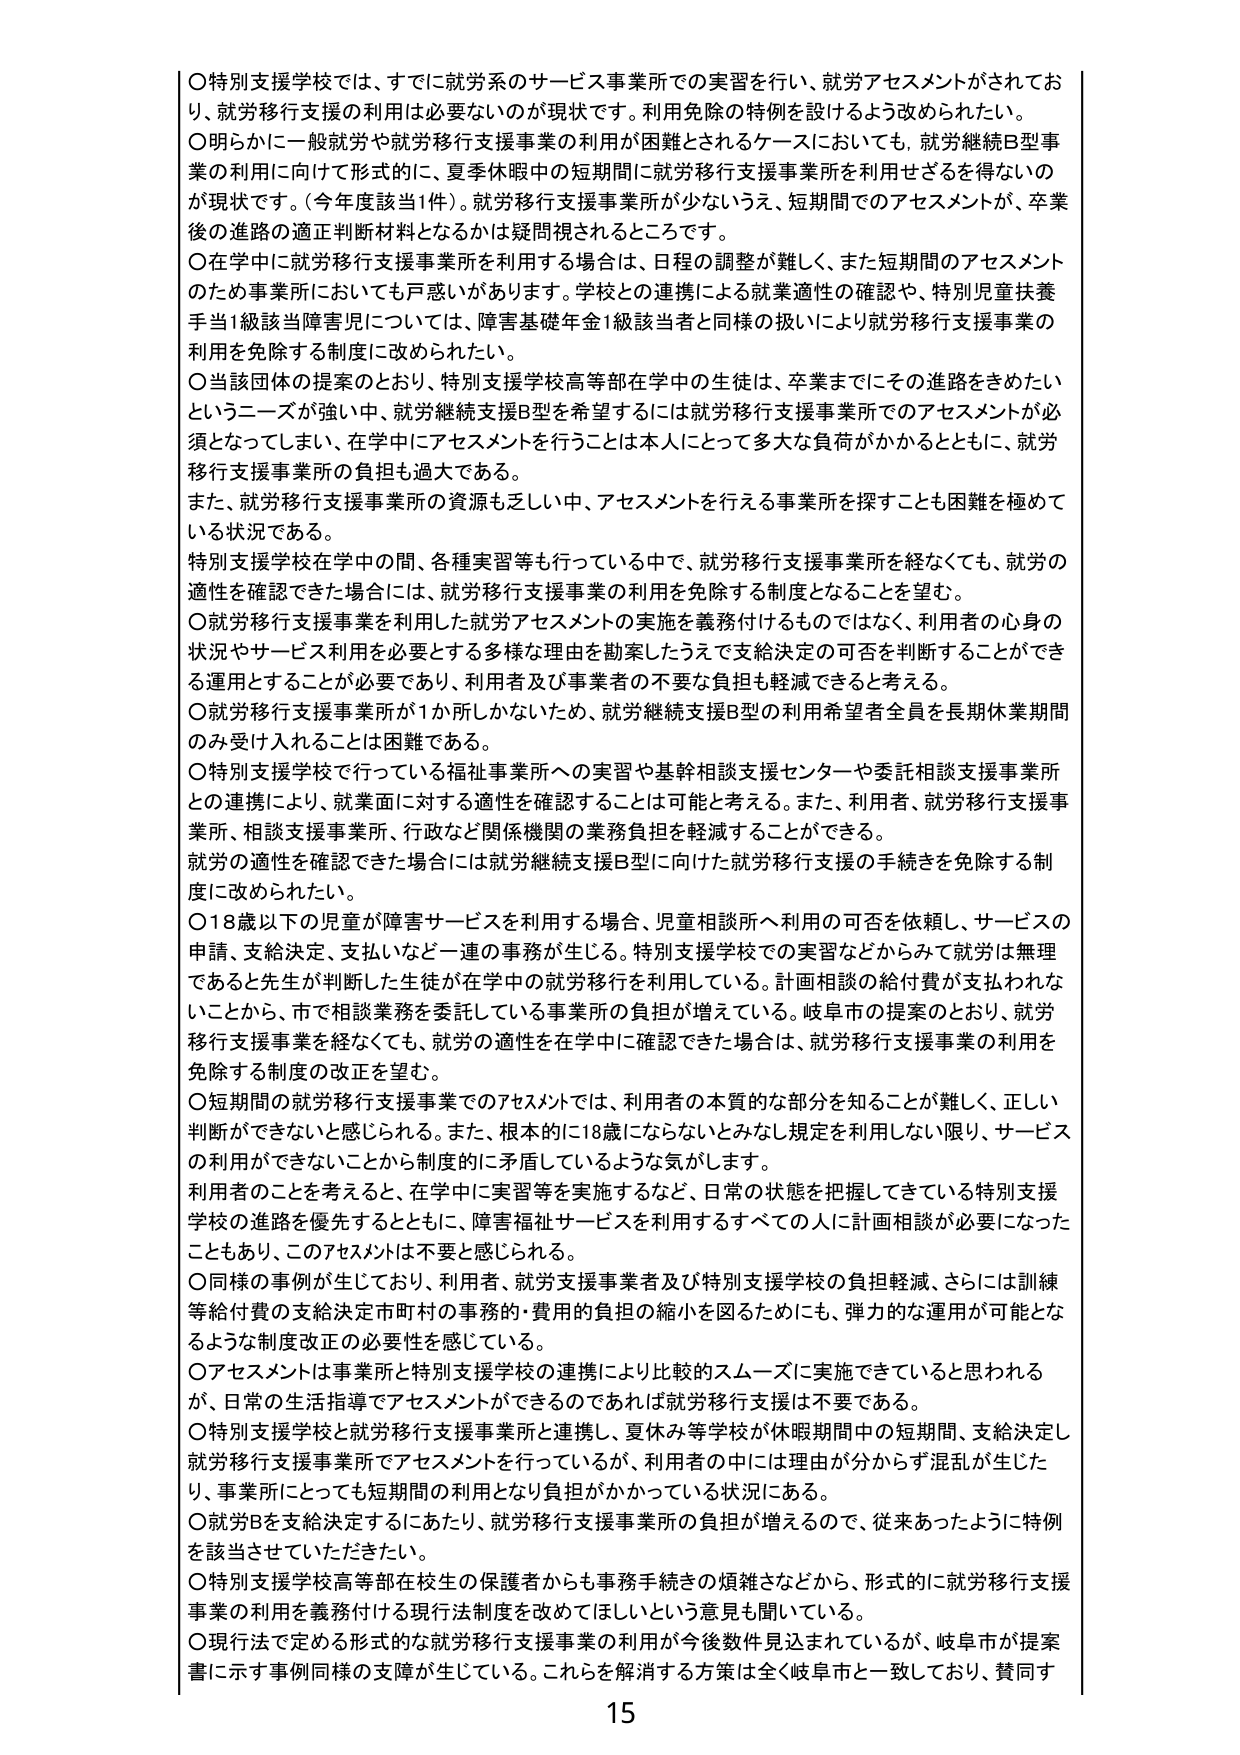
○特別支援学校では、すでに就労系のサービス事業所での実習を行い、就労アセスメントがされており、就労移行支援の利用は必要ないのが現状です。利用免除の特例を設けるよう改められたい。

○明らかに一般就労や就労移行支援事業の利用が困難とされるケースにおいても、就労継続B型事業の利用に向けて形式的に、夏季休暇中の短期間に就労移行支援事業所を利用せざるを得ないのが現状です。（今年度該当1件）。就労移行支援事業所が少ないうえ、短期間でのアセスメントが、卒業後の進路の適正判断材料となるかは疑問視されるところです。

○在学中に就労移行支援事業所を利用する場合は、日程の調整が難しく、また短期間のアセスメントのため事業所においても戸惑いがあります。学校との連携による就業適性の確認や、特別児童扶養手当1級該当障害児については、障害基礎年金1級該当者と同様の扱いにより就労移行支援事業の利用を免除する制度に改められたい。

○当該団体の提案のとおり、特別支援学校高等部在学中の生徒は、卒業までにその進路をきめたいというニーズが強い中、就労継続支援B型を希望するには就労移行支援事業所でのアセスメントが必須となってしまい、在学中にアセスメントを行うことは本人にとって多大な負荷がかかるとともに、就労移行支援事業所の負担も過大である。

また、就労移行支援事業所の資源も乏しい中、アセスメントを行える事業所を探すことも困難を極めている状況である。

特別支援学校在学中の間、各種実習等も行っている中で、就労移行支援事業所を経なくても、就労の適性を確認できた場合には、就労移行支援事業の利用を免除する制度となることを望む。

○就労移行支援事業を利用した就労アセスメントの実施を義務付けるものではなく、利用者の心身の状況やサービス利用を必要とする多様な理由を勘案したうえで支給決定の可否を判断することができる運用とすることが必要であり、利用者及び事業者の不要な負担も軽減できると考える。

○就労移行支援事業所が1か所しかないため、就労継続支援B型の利用希望者全員を長期休業期間のみ受け入れることは困難である。

○特別支援学校で行っている福祉事業所への実習や基幹相談支援センターや委託相談支援事業所との連携により、就業面に対する適性を確認することは可能と考える。また、利用者、就労移行支援事業所、相談支援事業所、行政など関係機関の業務負担を軽減することができる。

就労の適性を確認できた場合には就労継続支援B型に向けた就労移行支援の手続きを免除する制度に改めたい。

○18歳以下の児童が障害サービスを利用する場合、児童相談所へ利用の可否を依頼し、サービスの申請、支給決定、支払いなど一連の事務が生じる。特別支援学校での実習などからみて就労は無理であると先生が判断した生徒が在学中の就労移行を利用している。計画相談の給付費が支払われないことから、市で相談業務を委託している事業所の負担が増えている。岐阜市の提案のとおり、就労移行支援事業を経なくても、就労の適性を在学中に確認できた場合は、就労移行支援事業の利用を免除する制度の改正を望む。

○短期間の就労移行支援事業でのアセスメントでは、利用者の本質的な部分を知ることが難しく、正しい判断ができないと感じられる。また、根本的に18歳にならないとみなし規定を利用しない限り、サービスの利用ができないことから制度的に矛盾しているような気がします。

利用者のことを考えると、在学中に実習等を実施するなど、日常の状態を把握してきている特別支援学校の進路を優先するとともに、障害福祉サービスを利用するすべての人に計画相談が必要になったこともあり、このアセスメントは不要と感じられる。

○同様の事例が生じており、利用者、就労支援事業者及び特別支援学校の負担軽減、さらには訓練等給付費の支給決定市町村の事務的・費用的負担の縮小を図るためにも、弾力的な運用が可能となるような制度改正の必要性を感じている。

○アセスメントは事業所と特別支援学校の連携により比較的スムーズに実施できていると思われるが、日常の生活指導でアセスメントができるのであれば就労移行支援は不要である。

○特別支援学校と就労移行支援事業所と連携し、夏休み等学校が休暇期間中の短期間、支給決定し就労移行支援事業所でアセスメントを行っているが、利用者の中には理由が分からず混乱が生じたり、事業所にとっても短期間の利用となり負担がかかっている状況にある。

○就労Bを支給決定するにあたり、就労移行支援事業所の負担が増えるので、従来あったように特例を該当させていただきたい。

○特別支援学校高等部在校生の保護者からも事務手続きの煩雑さなどから、形式的に就労移行支援事業の利用を義務付ける現行法制度を改めてほしいという意見も聞いている。

○現行法で定める形式的な就労移行支援事業の利用が今後数件見込まれているが、岐阜市が提案書に示す事例同様の支障が生じている。これらを解消する方策は全く岐阜市と一致しており、賛同す

15